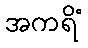
အကရိံ